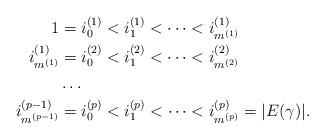
LaTeX: \begin{align*} 1 &= i^{(1)}_0 < i^{(1)}_1 < \dots < i^{(1)}_{m^{(1)}}\\ i^{(1)}_{m^{(1)}} &= i^{(2)}_{0} < i^{(2)}_1 < \dots < i^{(2)}_{m^{(2)}} \\ &\dots \\ i^{(p - 1)}_{m^{(p - 1)}} &= i^{(p)}_{0} < i^{(p)}_1 < \dots < i^{(p)}_{m^{(p)}} = |E(\gamma)|. \end{align*}